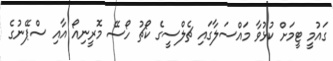
ގައުމީ ޓީމަށް ކުޅުވާ މައްސަލާގައި ޗެލްސީގެ ކޯޗު ހޯސޭ މޮރީނިއޯ އާއި ސްޕޭނުގެ